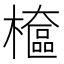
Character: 檶